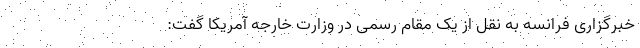
خبرگزاری فرانسه به نقل از یک مقام رسمی در وزارت خارجه آمریکا گفت: